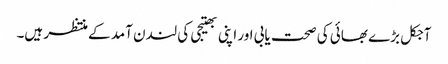
آجکل بڑے بھائی کی صحت یابی اور اپنی بھتیجی کی لندن آمد کے منتظر ہیں۔